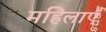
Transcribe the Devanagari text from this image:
महिलाएंँ